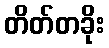
တိတ်တခိုး